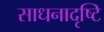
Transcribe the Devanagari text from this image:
साधनादृष्टि